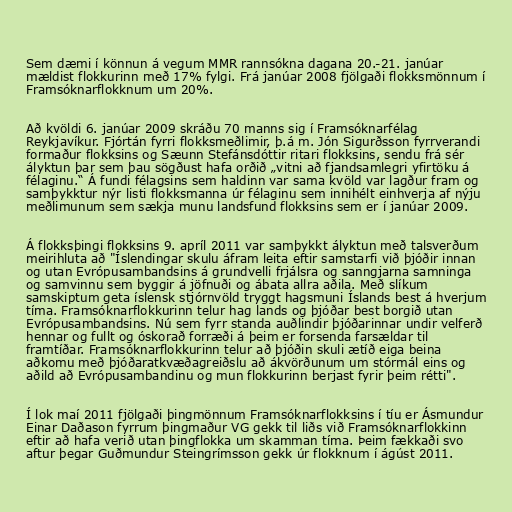
Sem dæmi í könnun á vegum MMR rannsókna dagana 20.-21. janúar
mældist flokkurinn með 17% fylgi. Frá janúar 2008 fjölgaði flokksmönnum í
Framsóknarflokknum um 20%.

Að kvöldi 6. janúar 2009 skráðu 70 manns sig í Framsóknarfélag
Reykjavíkur. Fjórtán fyrri flokksmeðlimir, þ.á m. Jón Sigurðsson fyrrverandi
formaður flokksins og Sæunn Stefánsdóttir ritari flokksins, sendu frá sér
ályktun þar sem þau sögðust hafa orðið „vitni að fjandsamlegri yfirtöku á
félaginu.“ Á fundi félagsins sem haldinn var sama kvöld var lagður fram og
samþykktur nýr listi flokksmanna úr félaginu sem innihélt einhverja af nýju
meðlimunum sem sækja munu landsfund flokksins sem er í janúar 2009.

Á flokksþingi flokksins 9. apríl 2011 var samþykkt ályktun með talsverðum
meirihluta að "Íslendingar skulu áfram leita eftir samstarfi við þjóðir innan
og utan Evrópusambandsins á grundvelli frjálsra og sanngjarna samninga
og samvinnu sem byggir á jöfnuði og ábata allra aðila. Með slíkum
samskiptum geta íslensk stjórnvöld tryggt hagsmuni Íslands best á hverjum
tíma. Framsóknarflokkurinn telur hag lands og þjóðar best borgið utan
Evrópusambandsins. Nú sem fyrr standa auðlindir þjóðarinnar undir velferð
hennar og fullt og óskorað forræði á þeim er forsenda farsældar til
framtíðar. Framsóknarflokkurinn telur að þjóðin skuli ætíð eiga beina
aðkomu með þjóðaratkvæðagreiðslu að ákvörðunum um stórmál eins og
aðild að Evrópusambandinu og mun flokkurinn berjast fyrir þeim rétti".

Í lok maí 2011 fjölgaði þingmönnum Framsóknarflokksins í tíu er Ásmundur
Einar Daðason fyrrum þingmaður VG gekk til liðs við Framsóknarflokkinn
eftir að hafa verið utan þingflokka um skamman tíma. Þeim fækkaði svo
aftur þegar Guðmundur Steingrímsson gekk úr flokknum í ágúst 2011.